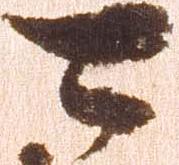
可